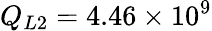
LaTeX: Q_{L2}=4.46\times 10^{9}